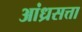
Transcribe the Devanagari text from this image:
आंध्रसत्ता